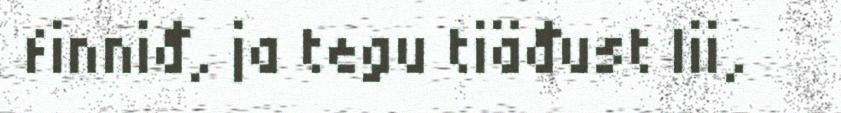
finniđ, ja tegu tiäđust lii,